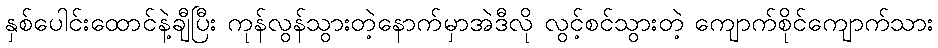
နှစ်ပေါင်းထောင်နဲ့ချီပြီး ကုန်လွန်သွားတဲ့နောက်မှာအဲဒီလို လွင့်စင်သွားတဲ့ ကျောက်စိုင်ကျောက်သား